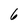
Character: 6